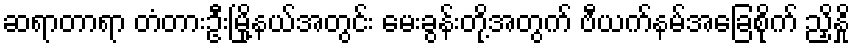
ဆရာတာရာ တံတားဦးမြို့နယ်အတွင်း မေးခွန်းတို့အတွက် ဗီယက်နမ်အခြေစိုက် ညှိနှို